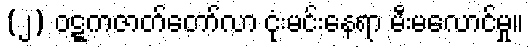
(၂) ဝဋ္ဋကဇာတ်တော်လာ ငုံးမင်းနေရာ မီးမလောင်မှု။